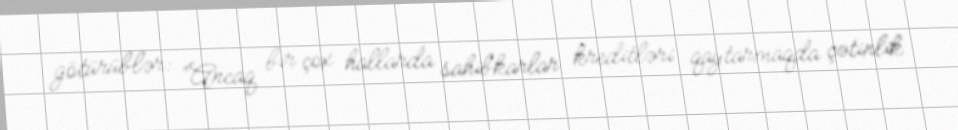
götürüblər: “Ancaq bir çox hallarda sahibkarlar kreditləri qaytarmaqda çətinlik